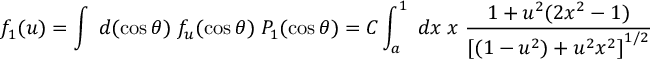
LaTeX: f _ { 1 } ( u ) = \int \; d ( \cos \theta ) \; f _ { u } ( \cos \theta ) \; P _ { 1 } ( \cos \theta ) = C \int _ { a } ^ { 1 } \; d x \; x \; \frac { 1 + u ^ { 2 } ( 2 x ^ { 2 } - 1 ) } { \left[ ( 1 - u ^ { 2 } ) + u ^ { 2 } x ^ { 2 } \right] ^ { 1 / 2 } }